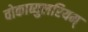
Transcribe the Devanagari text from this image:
वोकाब्युलरियम्